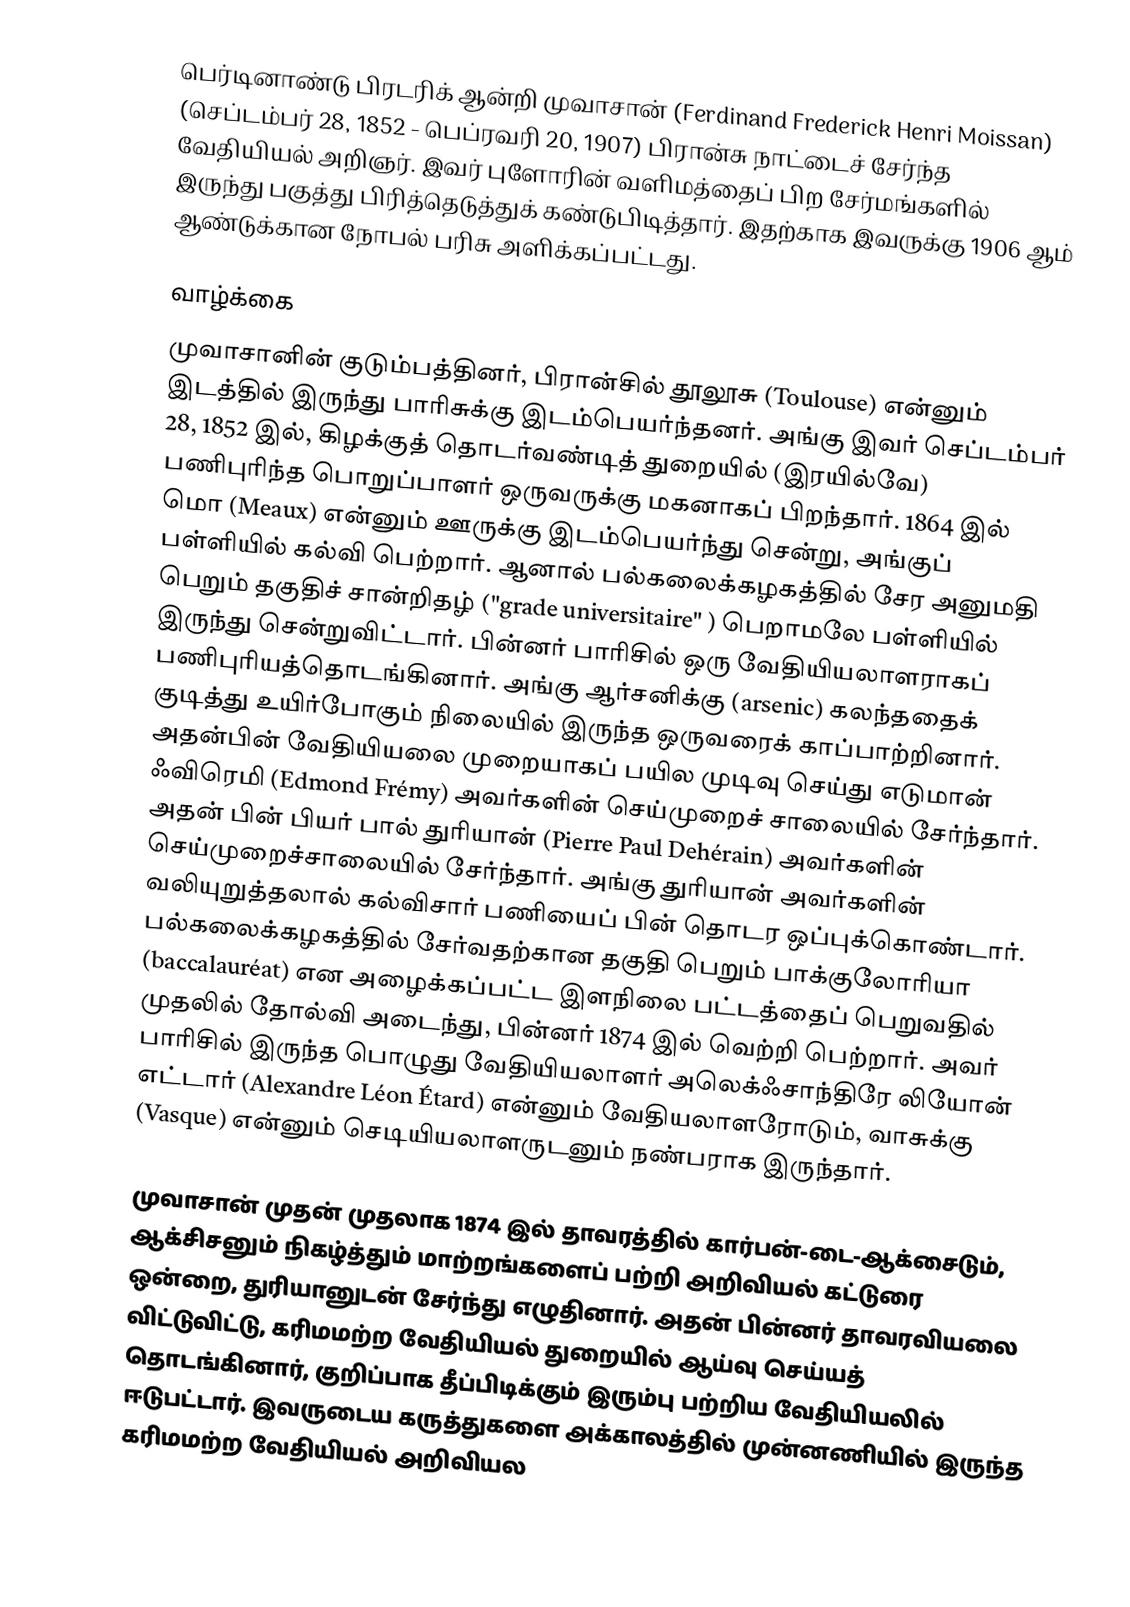
பெர்டினாண்டு  பிரடரிக் ஆன்றி முவாசான் (Ferdinand Frederick Henri Moissan) (செப்டம்பர் 28, 1852 - பெப்ரவரி 20, 1907) பிரான்சு நாட்டைச் சேர்ந்த வேதியியல் அறிஞர். இவர் புளோரின் வளிமத்தைப் பிற சேர்மங்களில் இருந்து பகுத்து பிரித்தெடுத்துக் கண்டுபிடித்தார். இதற்காக இவருக்கு 1906 ஆம் ஆண்டுக்கான நோபல் பரிசு அளிக்கப்பட்டது.

வாழ்க்கை
முவாசானின் குடும்பத்தினர், பிரான்சில் தூலூசு (Toulouse) என்னும் இடத்தில் இருந்து பாரிசுக்கு இடம்பெயர்ந்தனர். அங்கு இவர் செப்டம்பர் 28, 1852 இல்,  கிழக்குத் தொடர்வண்டித் துறையில் (இரயில்வே) பணிபுரிந்த பொறுப்பாளர் ஒருவருக்கு மகனாகப் பிறந்தார். 1864 இல்  மொ (Meaux) என்னும் ஊருக்கு இடம்பெயர்ந்து சென்று, அங்குப் பள்ளியில் கல்வி பெற்றார். ஆனால் பல்கலைக்கழகத்தில் சேர அனுமதி பெறும் தகுதிச் சான்றிதழ் ("grade universitaire" ) பெறாமலே பள்ளியில் இருந்து சென்றுவிட்டார். பின்னர் பாரிசில் ஒரு வேதியியலாளராகப் பணிபுரியத்தொடங்கினார். அங்கு ஆர்சனிக்கு (arsenic) கலந்ததைக் குடித்து உயிர்போகும் நிலையில் இருந்த ஒருவரைக் காப்பாற்றினார். அதன்பின் வேதியியலை முறையாகப் பயில முடிவு செய்து எடுமான் ஃவிரெமி (Edmond Frémy) அவர்களின் செய்முறைச் சாலையில் சேர்ந்தார். அதன் பின் பியர் பால் துரியான் (Pierre Paul Dehérain) அவர்களின் செய்முறைச்சாலையில் சேர்ந்தார். அங்கு துரியான் அவர்களின் வலியுறுத்தலால் கல்விசார் பணியைப் பின் தொடர ஒப்புக்கொண்டார்.  பல்கலைக்கழகத்தில் சேர்வதற்கான தகுதி பெறும் பாக்குலோரியா (baccalauréat) என அழைக்கப்பட்ட இளநிலை பட்டத்தைப் பெறுவதில் முதலில் தோல்வி அடைந்து, பின்னர் 1874 இல் வெற்றி பெற்றார். அவர் பாரிசில் இருந்த பொழுது வேதியியலாளர் அலெக்ஃசாந்திரே லியோன் எட்டார் (Alexandre Léon Étard)  என்னும் வேதியலாளரோடும், வாசுக்கு (Vasque) என்னும் செடியியலாளருடனும் நண்பராக இருந்தார்.

முவாசான் முதன் முதலாக 1874 இல் தாவரத்தில் கார்பன்-டை-ஆக்சைடும், ஆக்சிசனும் நிகழ்த்தும் மாற்றங்களைப் பற்றி அறிவியல் கட்டுரை ஒன்றை, துரியானுடன் சேர்ந்து எழுதினார். அதன் பின்னர் தாவரவியலை விட்டுவிட்டு, கரிமமற்ற வேதியியல் துறையில் ஆய்வு செய்யத் தொடங்கினார், குறிப்பாக தீப்பிடிக்கும் இரும்பு பற்றிய வேதியியலில் ஈடுபட்டார். இவருடைய கருத்துகளை அக்காலத்தில் முன்னணியில் இருந்த கரிமமற்ற வேதியியல் அறிவியல